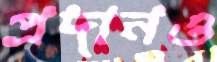
প্রদানও